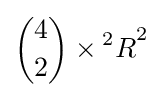
{\binom {4}{2}}\times {^{2}R}^{2}